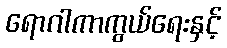
ရောဂါကာကွယ်ရေးနှင့်